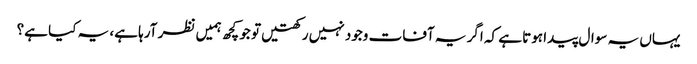
یہاں یہ سوال پیدا ہوتا ہے کہ اگر یہ آفات وجود نہیں رکھتیں تو جو کچھ ہمیں نظر آرہا ہے، یہ کیا ہے؟